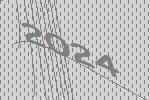
2024